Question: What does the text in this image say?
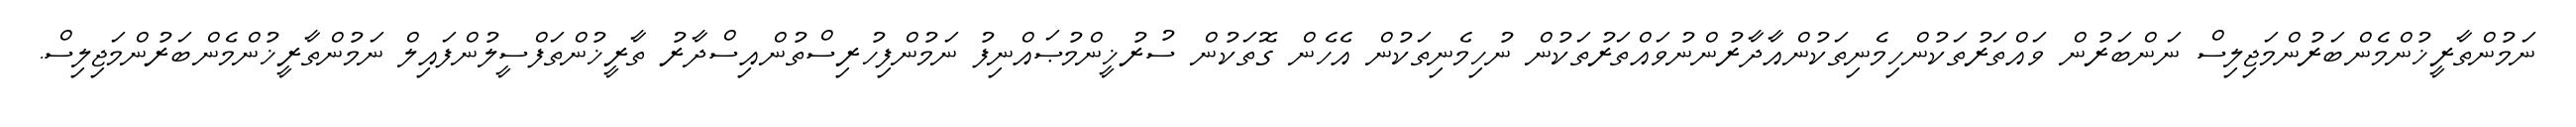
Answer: ނަމުންތާރީޚުންމެންބަރުންމަޖިލިސް ނަންބަރުން ވައްތަރުތަކުންހިމެނިތަކުންއާދާރުންނުވައްތަރުތަކުން ނުހިމެނިތަކުން އެހެން ގޮތަކުން ސުރުޚީންމުޞައްނިފު ނަމުންފިހުރިސްތުންއިސްދާރު ތާރީޚުންތަފްސީލުންފައިލް ނަމުންތާރީޚުންމެންބަރުންމަޖިލިސް.